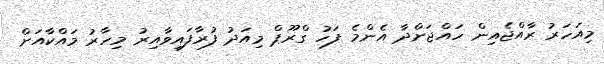
މިއަހަރު ރާއްޖެއިން ހައްޖަށްދާ އެންމެ ފަހު ގްރޫޕް މިއަދު ފުރާފައިވާއިރު މިހާރު މައްކާއަށް